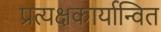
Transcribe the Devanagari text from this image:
प्रत्यक्षकार्यान्वित